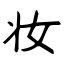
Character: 妆